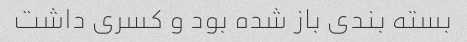
بسته بندی باز شده بود و کسری داشت